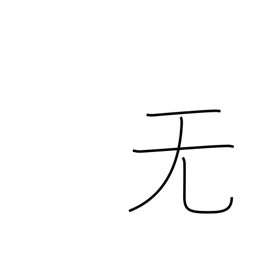
Meaning: nothing